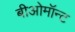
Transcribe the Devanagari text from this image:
बीओमॉन्ट